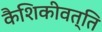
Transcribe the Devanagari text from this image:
कैशिकीवत्ति